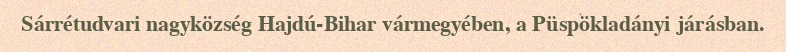
Sárrétudvari nagyközség Hajdú-Bihar vármegyében, a Püspökladányi járásban.